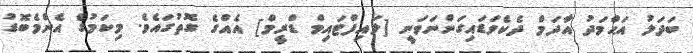
ބަދަލު އަޙްމަދު އާދަމް ދެކެވަޑައިގަންނަވަނީ [ލައިފްޓައިމް ޑްރީމް] އެއްގެ ގޮތުގައެވެ. މިކަމުގެ އެންމެބޮޑު